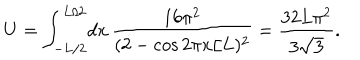
U = \int _ { - L / 2 } ^ { L / 2 } \! d x \, \frac { 1 6 \pi ^ { 2 } } { ( 2 - \cos 2 \pi x / L ) ^ { 2 } } = \frac { 3 2 L \pi ^ { 2 } } { 3 \sqrt { 3 } } .